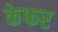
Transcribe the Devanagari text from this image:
केफर